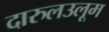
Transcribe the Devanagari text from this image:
दारुलउलूम